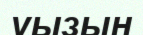
уызын